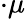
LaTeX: \cdot\mu